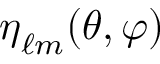
\boldsymbol { \eta } _ { \ell m } ( \theta , \varphi )